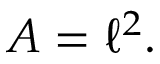
A = \ell ^ { 2 } .